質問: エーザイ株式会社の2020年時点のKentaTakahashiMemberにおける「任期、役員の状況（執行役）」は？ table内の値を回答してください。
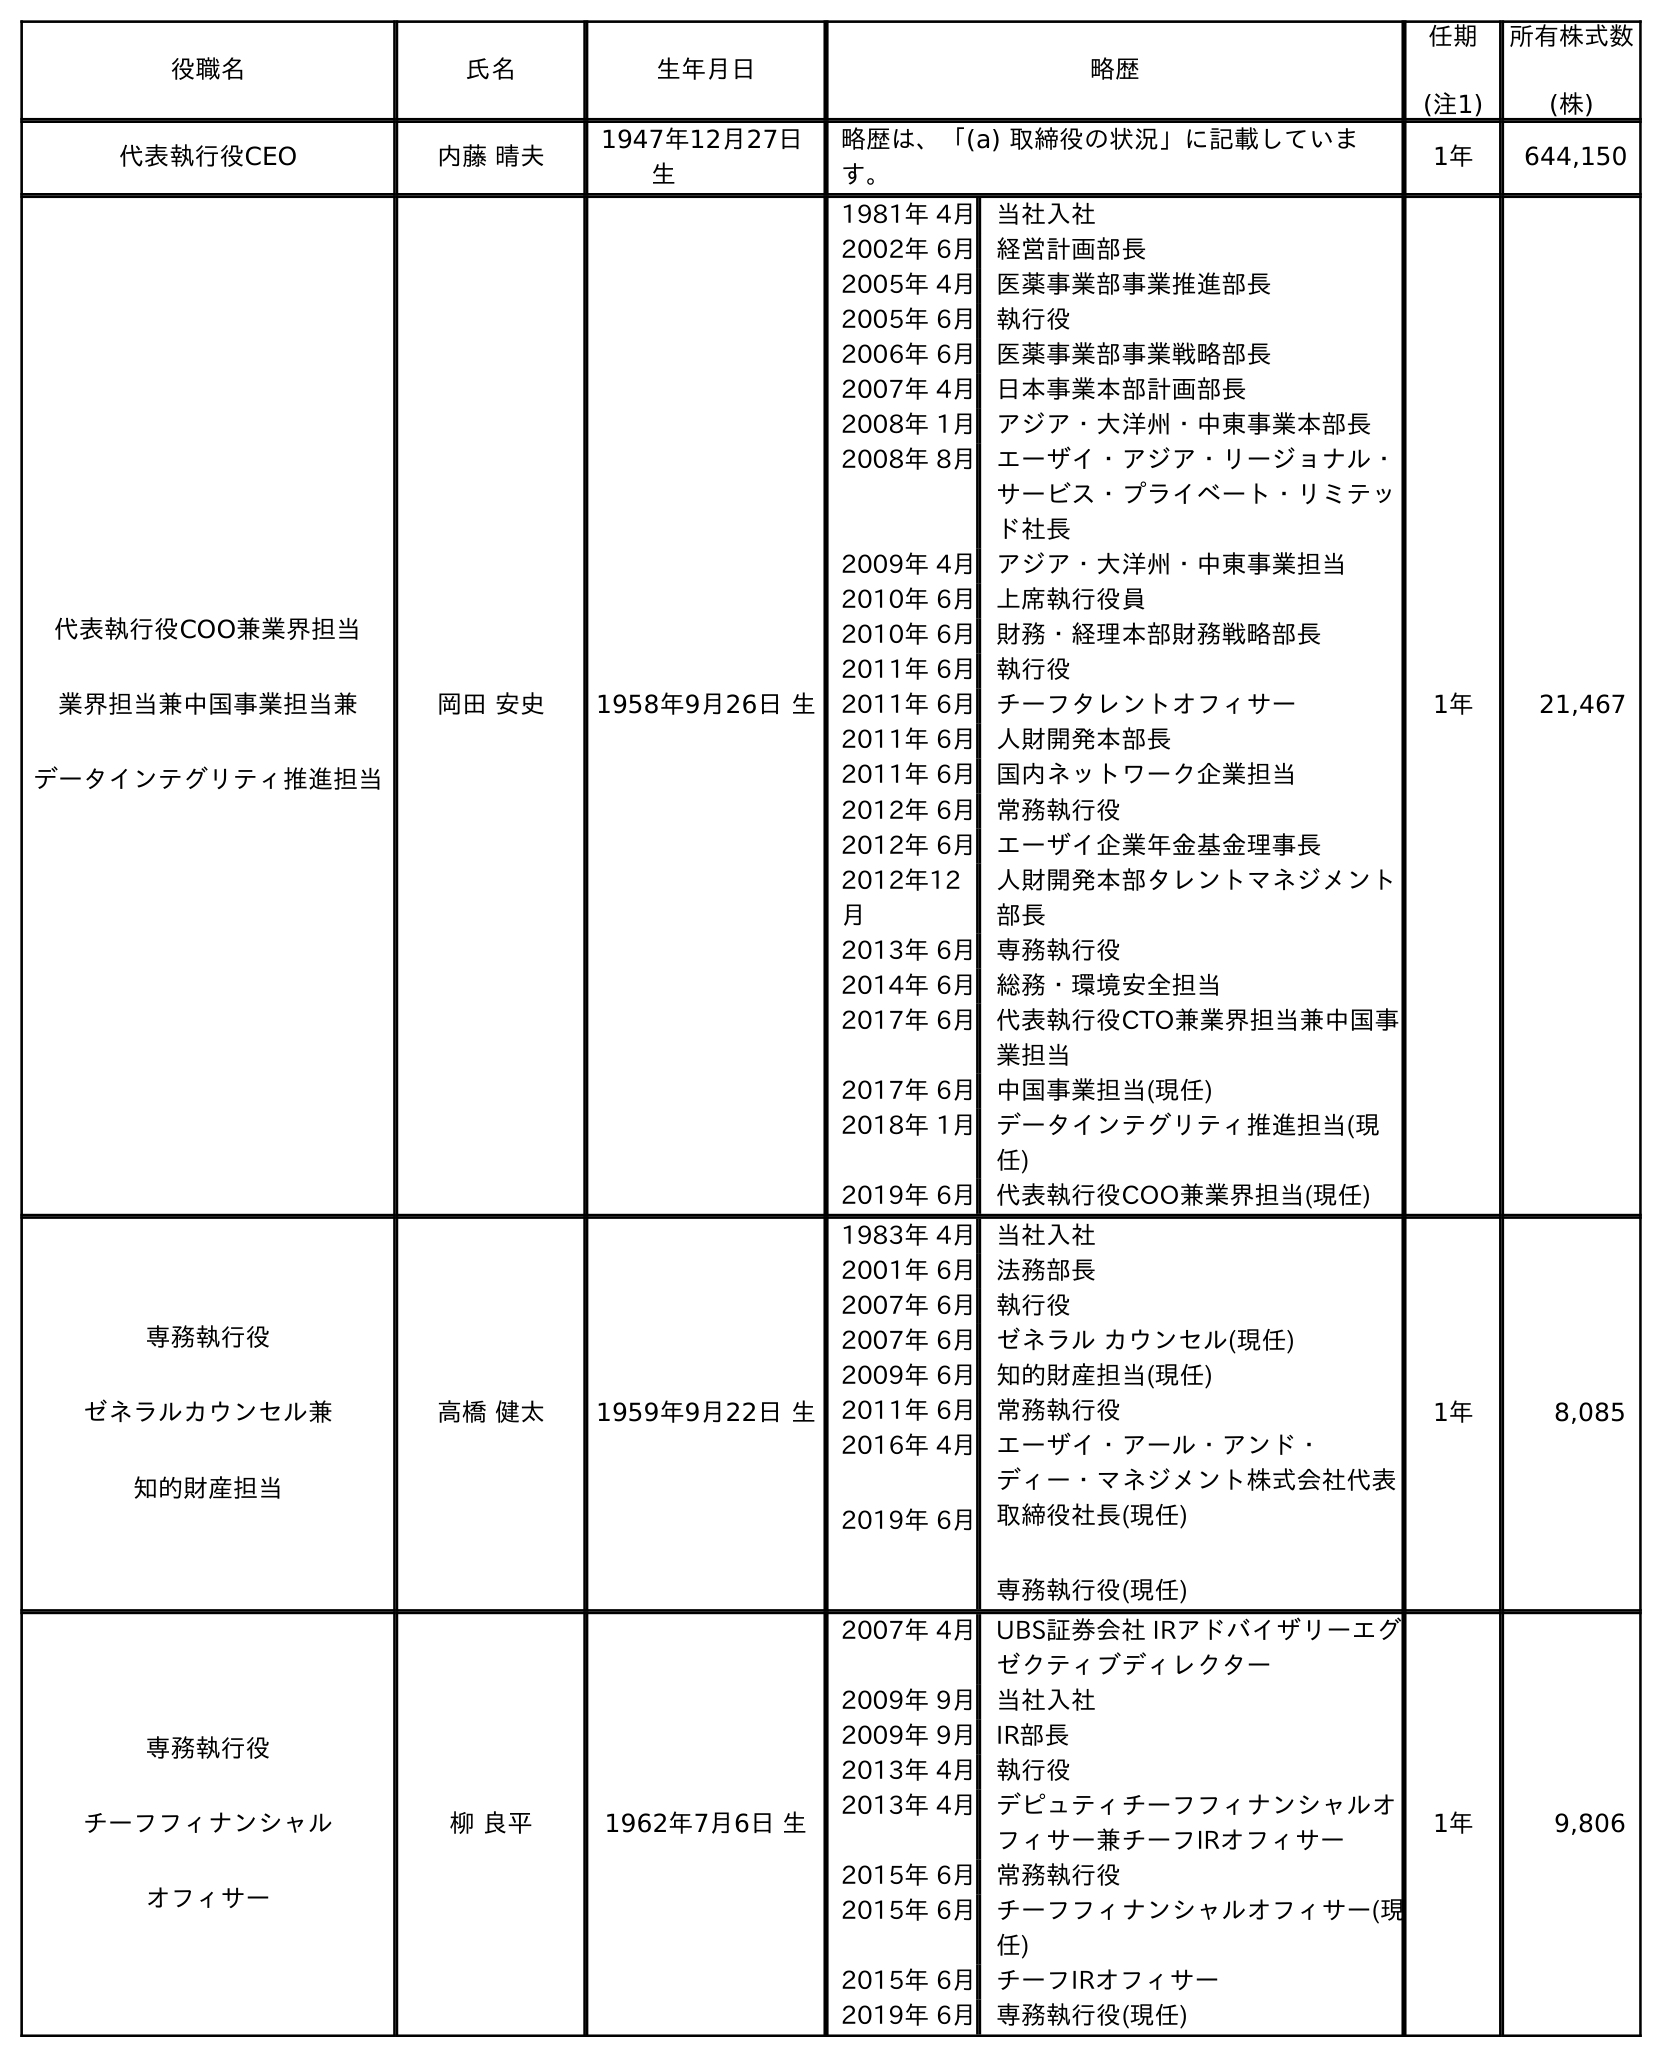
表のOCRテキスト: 役職名 氏名 生年月日 略歴 任期 (注1) 所有株式数 (株) 代表執行役CEO 内藤 晴夫 1947年12月27日 生 略歴は、「(a) 取締役の状況」に記載していま す。 1年 644,150 代表執行役COO兼業界担当 業界担当兼中国事業担当兼 データインテグリティ推進担当 岡田 安史 1958年9月26日 生 1981年 4月当社入社 2002年 6月経営計画部長 2005年 4月医薬事業部事業推進部長 2005年 6月執行役 2006年 6月医薬事業部事業戦略部長 2007年 4月日本事業本部計画部長 2008年 1月アジア・大洋州・中東事業本部長 2008年 8月エーザイ・アジア・リージョナル・ サービス・プライベート・リミテッ ド社長 2009年 4月アジア・大洋州・中東事業担当 2010年 6月上席執行役員 2010年 6月財務・経理本部財務戦略部長 2011年 6月執行役 2011年 6月チーフタレントオフィサー 2011年 6月人財開発本部長 2011年 6月国内ネットワーク企業担当 2012年 6月常務執行役 2012年 6月エーザイ企業年金基金理事長 2012年12 月 人財開発本部タレントマネジメント 部長 2013年 6月専務執行役 2014年 6月総務・環境安全担当 2017年 6月代表執行役CTO兼業界担当兼中国事 業担当 2017年 6月中国事業担当(現任) 2018年 1月データインテグリティ推進担当(現 任) 2019年 6月代表執行役COO兼業界担当(現任) 1年 21,467 専務執行役 ゼネラルカウンセル兼 知的財産担当 高橋 健太 1959年9月22日 生 1983年 4月当社入社 2001年 6月法務部長 2007年 6月執行役 2007年 6月ゼネラル カウンセル(現任) 2009年 6月知的財産担当(現任) 2011年 6月常務執行役 2016年 4月 2019年 6月 エーザイ・アール・アンド・ ディー・マネジメント株式会社代表 取締役社長(現任) 専務執行役(現任) 1年 8,085 専務執行役 チーフフィナンシャル オフィサー 柳 良平 1962年7月6日 生 2007年 4月UBS証券会社 IRアドバイザリーエグ ゼクティブディレクター 2009年 9月当社入社 2009年 9月IR部長 2013年 4月執行役 2013年 4月デピュティチーフフィナンシャルオ フィサー兼チーフIRオフィサー 2015年 6月常務執行役 2015年 6月チーフフィナンシャルオフィサー(現 任) 2015年 6月チーフIRオフィサー 2019年 6月専務執行役(現任) 1年 9,806
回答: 1年